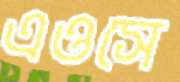
এওসে